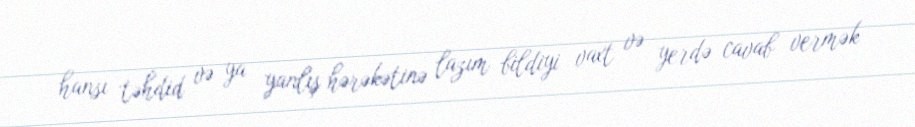
hansı təhdid və ya yanlış hərəkətinə lazım bildiyi vaxt və yerdə cavab vermək